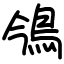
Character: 鳹